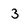
Character: 3